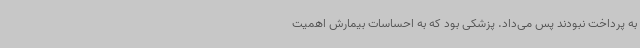
به پرداخت نبودند پس می‌داد. پزشکی بود که به احساسات بیمارش اهمیت